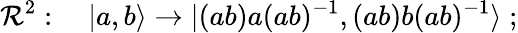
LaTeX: {\cal R}^{2}:\quad|a,b\rangle\to|(ab)a(ab)^{-1},(ab)b(ab)^{-1}\rangle\; ;